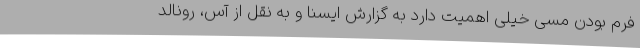
فرم بودن مسی خیلی اهمیت دارد به گزارش ایسنا و به نقل از آس، رونالد